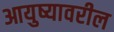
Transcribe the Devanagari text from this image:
आयुष्यावरील